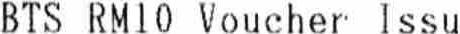
BTS RM10 VOUCHER ISSU